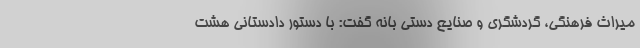
میراث فرهنگی، گردشگری و صنایع دستی بانه گفت: با دستور دادستانی هشت